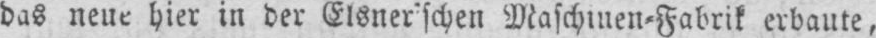
das neue hier in der Elsner’schen Maschinen⸗Fabrik erbaute,